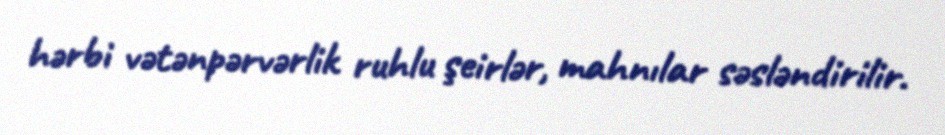
hərbi vətənpərvərlik ruhlu şeirlər, mahnılar səsləndirilir.